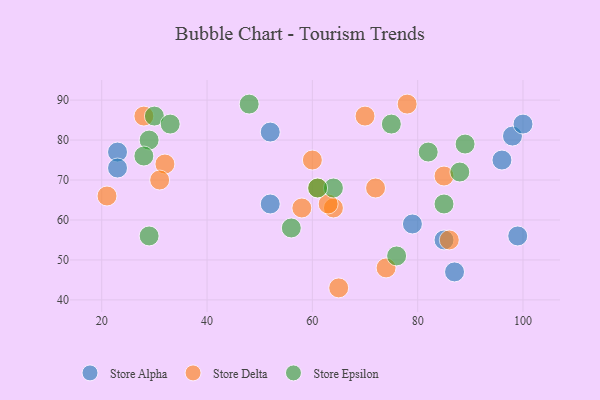
{"axis": {"x": "GDP", "y": "Life Expectancy"}, "legend": ["Store Alpha", "Store Delta", "Store Epsilon"], "data": [{"x": "99", "y": 56, "type": "Store Alpha"}, {"x": "85", "y": 55, "type": "Store Alpha"}, {"x": "87", "y": 47, "type": "Store Alpha"}, {"x": "23", "y": 77, "type": "Store Alpha"}, {"x": "98", "y": 81, "type": "Store Alpha"}, {"x": "23", "y": 73, "type": "Store Alpha"}, {"x": "79", "y": 59, "type": "Store Alpha"}, {"x": "52", "y": 64, "type": "Store Alpha"}, {"x": "100", "y": 84, "type": "Store Alpha"}, {"x": "52", "y": 82, "type": "Store Alpha"}, {"x": "96", "y": 75, "type": "Store Alpha"}, {"x": "72", "y": 68, "type": "Store Delta"}, {"x": "85", "y": 71, "type": "Store Delta"}, {"x": "74", "y": 48, "type": "Store Delta"}, {"x": "58", "y": 63, "type": "Store Delta"}, {"x": "60", "y": 75, "type": "Store Delta"}, {"x": "21", "y": 66, "type": "Store Delta"}, {"x": "86", "y": 55, "type": "Store Delta"}, {"x": "28", "y": 86, "type": "Store Delta"}, {"x": "65", "y": 43, "type": "Store Delta"}, {"x": "61", "y": 68, "type": "Store Delta"}, {"x": "32", "y": 74, "type": "Store Delta"}, {"x": "31", "y": 70, "type": "Store Delta"}, {"x": "64", "y": 63, "type": "Store Delta"}, {"x": "70", "y": 86, "type": "Store Delta"}, {"x": "63", "y": 64, "type": "Store Delta"}, {"x": "78", "y": 89, "type": "Store Delta"}, {"x": "29", "y": 56, "type": "Store Epsilon"}, {"x": "30", "y": 86, "type": "Store Epsilon"}, {"x": "64", "y": 68, "type": "Store Epsilon"}, {"x": "56", "y": 58, "type": "Store Epsilon"}, {"x": "85", "y": 64, "type": "Store Epsilon"}, {"x": "82", "y": 77, "type": "Store Epsilon"}, {"x": "33", "y": 84, "type": "Store Epsilon"}, {"x": "48", "y": 89, "type": "Store Epsilon"}, {"x": "29", "y": 80, "type": "Store Epsilon"}, {"x": "89", "y": 79, "type": "Store Epsilon"}, {"x": "28", "y": 76, "type": "Store Epsilon"}, {"x": "76", "y": 51, "type": "Store Epsilon"}, {"x": "61", "y": 68, "type": "Store Epsilon"}, {"x": "88", "y": 72, "type": "Store Epsilon"}, {"x": "75", "y": 84, "type": "Store Epsilon"}]}